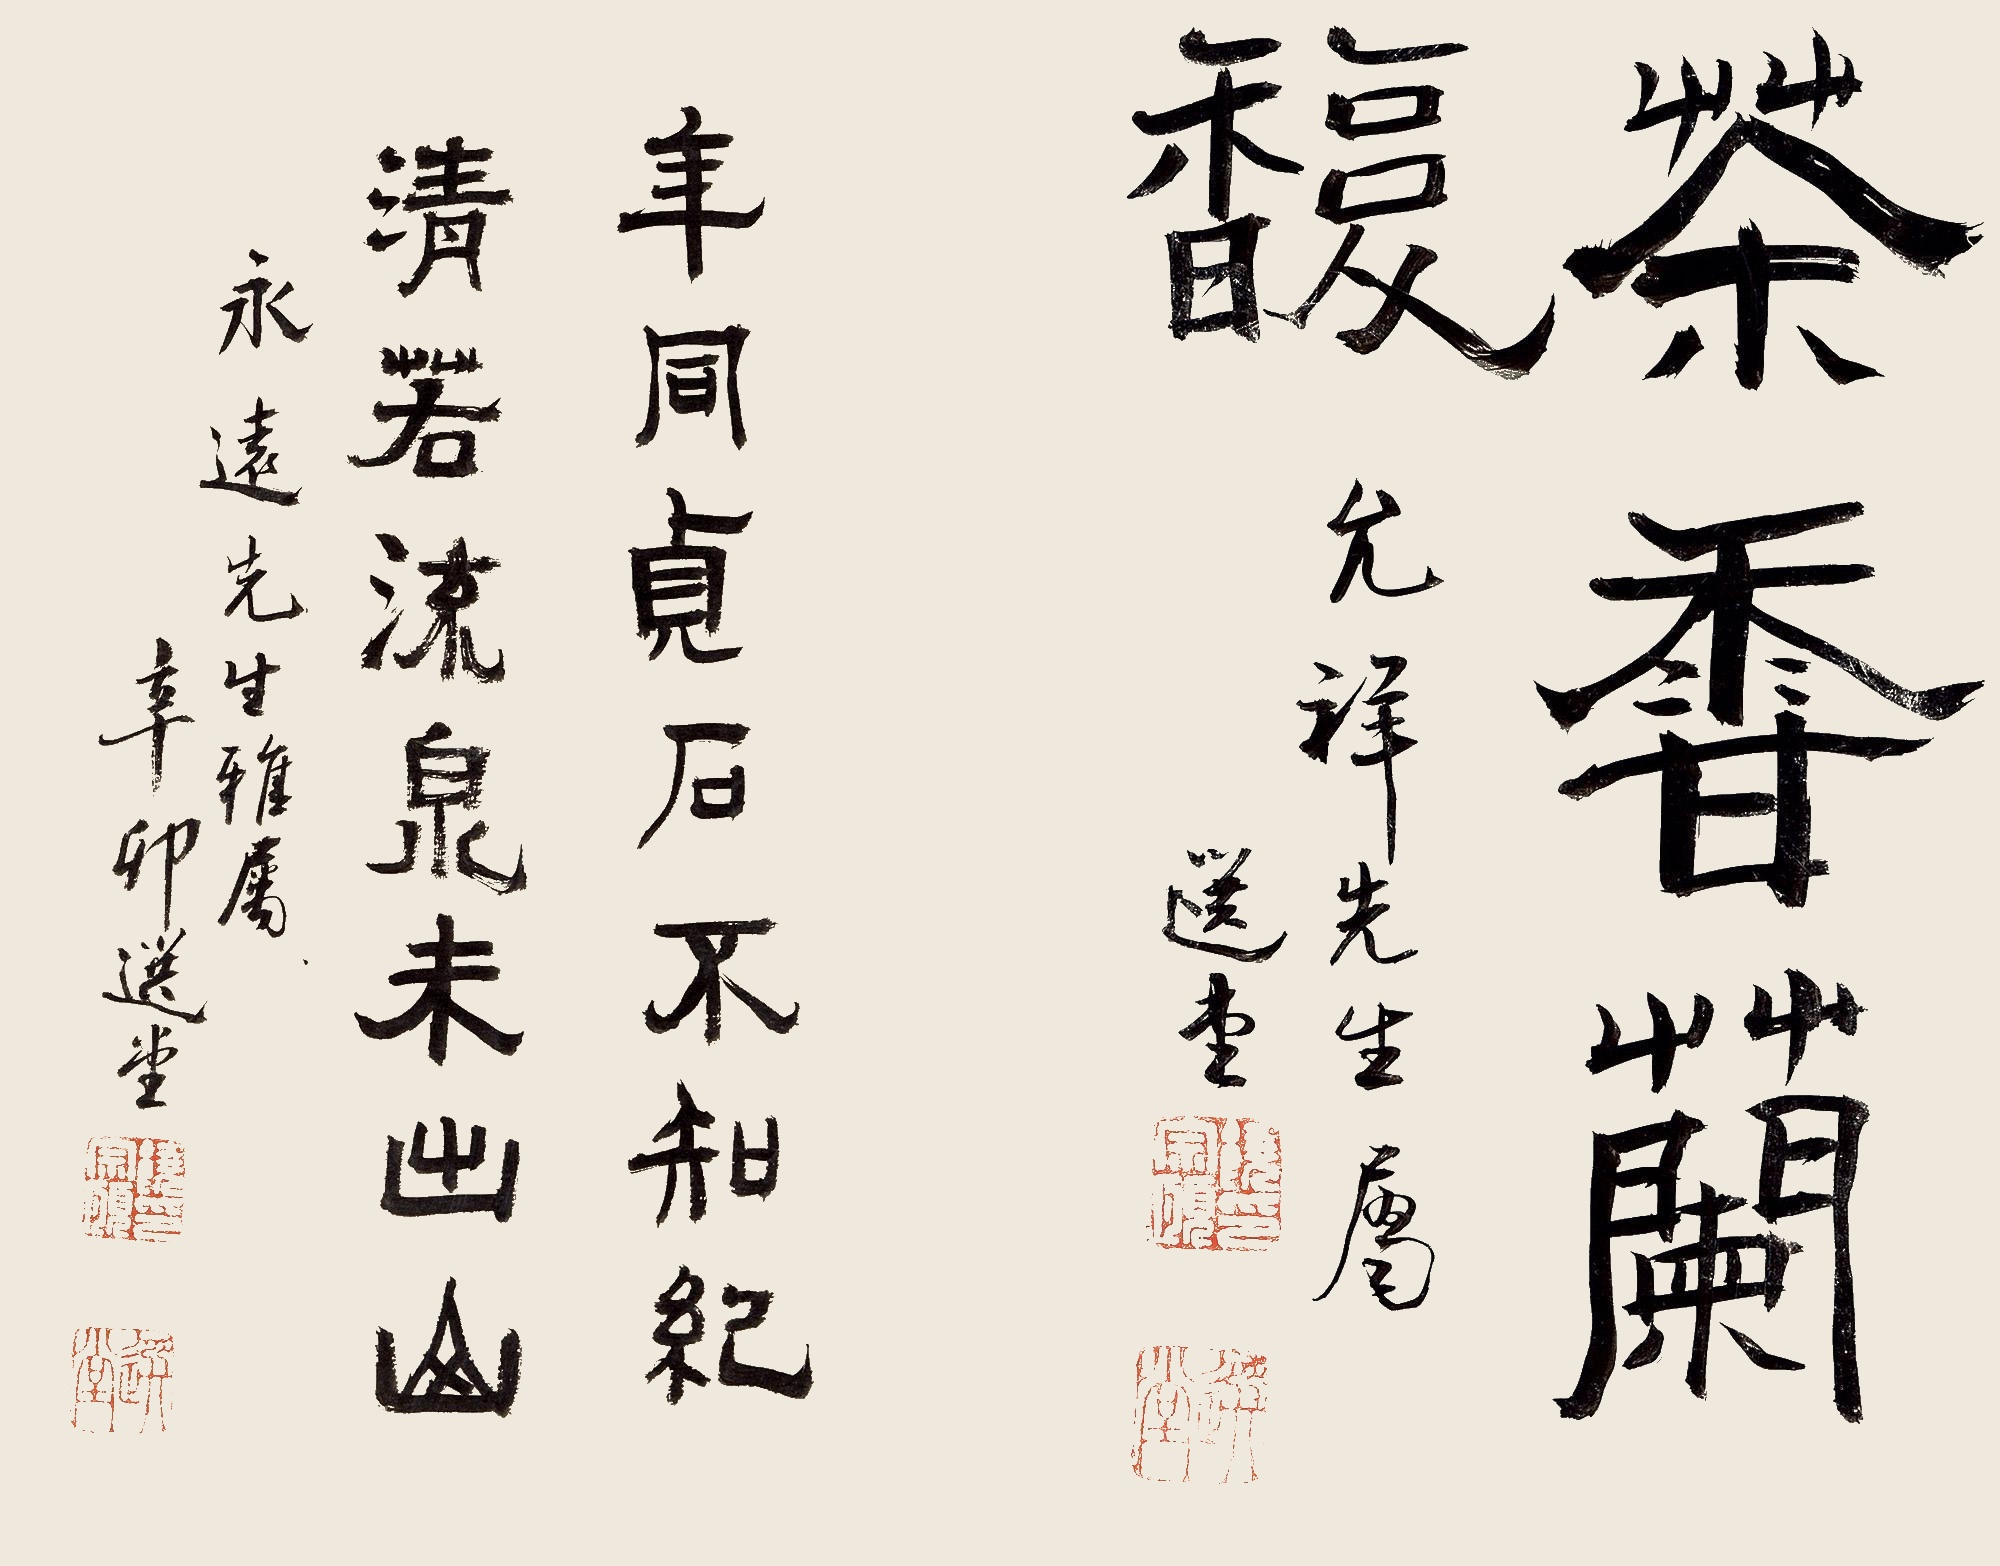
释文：年同贞石不知纪，清若流泉未出山。永远先生雅属，辛卯选堂。茶香兰馥。允祥先生属，选堂。